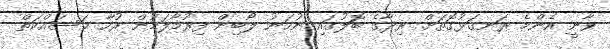
ވާނީ އެންމެ ރަނގަޅުގޮތަށް. ރިދާގެ ބޮލުގައި ނުހަނު ލޯބިން ފިރުމާލަމުން ރުހާ މަސައްކަތް